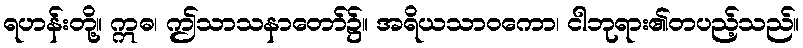
ရဟန်းတို့။ ဣဓ၊ ဤသာသနာတော်၌။ အရိယသာဝကော၊ ငါဘုရား၏တပည့်သည်။